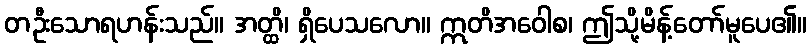
တဦးသောရဟန်းသည်။ အတ္ထိ၊ ရှိပေသလော။ ဣတိအဝေါစ၊ ဤသို့မိန့်တော်မူပေ၏။